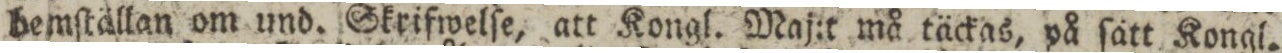
bemſtällan om und. Skrifwelſe, att Kongl. Maj:t må täckas, på ſätt Kongl.